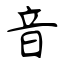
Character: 音